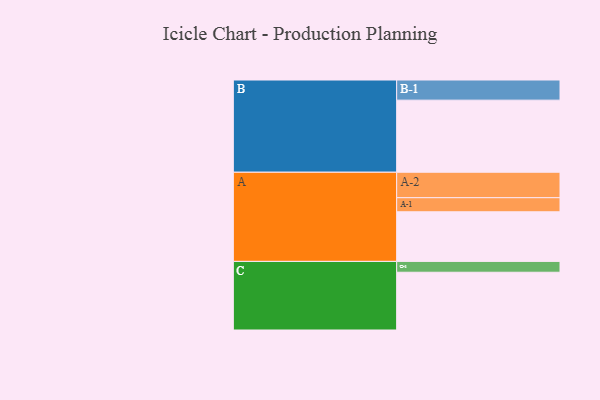
{"axis": {"x": "Segment", "y": "Value"}, "legend": ["", "A", "B", "C"], "data": [{"x": "A", "y": 384, "type": ""}, {"x": "B", "y": 558, "type": ""}, {"x": "C", "y": 447, "type": ""}, {"x": "A-1", "y": 109, "type": "A"}, {"x": "A-2", "y": 197, "type": "A"}, {"x": "B-1", "y": 156, "type": "B"}, {"x": "C-1", "y": 84, "type": "C"}]}